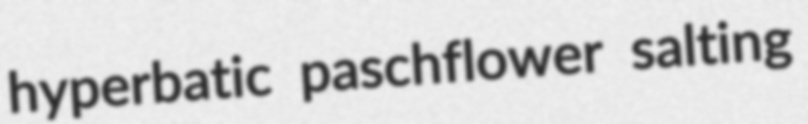
hyperbatic paschflower salting